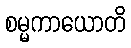
စမ္မကာယောတိ